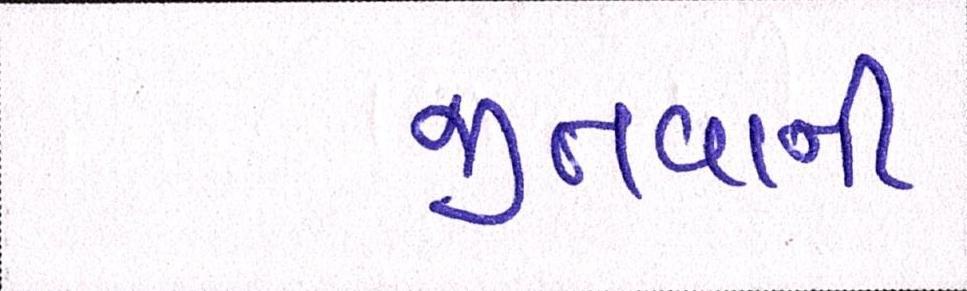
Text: જીતવાની